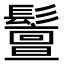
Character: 𩯤